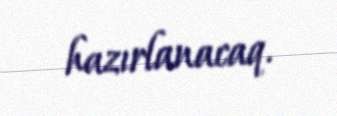
hazırlanacaq.